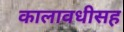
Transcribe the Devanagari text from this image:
कालावधीसह